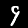
Label: 9